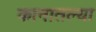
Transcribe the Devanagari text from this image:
कानातल्या